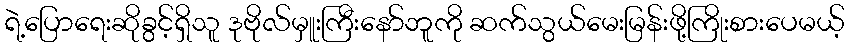
ရဲ့ပြောရေးဆိုခွင့်ရှိသူ ဒုဗိုလ်မှူးကြီးနော်ဘူကို ဆက်သွယ်မေးမြန်းဖို့ကြိုးစားပေမယ့်